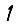
Digit: 1